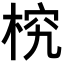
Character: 𣒔